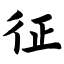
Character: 征